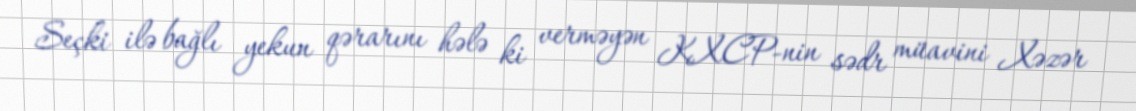
Seçki ilə bağlı yekun qərarını hələ ki verməyən KXCP-nin sədr müavini Xəzər